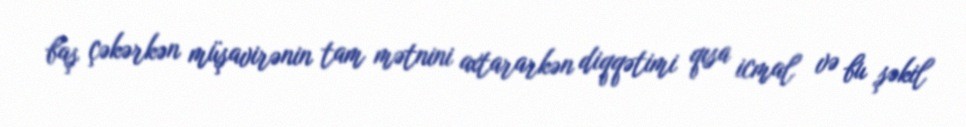
baş çəkərkən müşavirənin tam mətnini axtararkən diqqətimi qısa icmal və bu şəkil